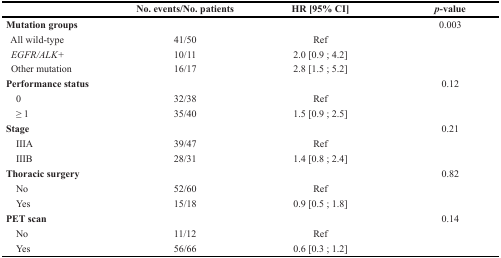
<table><thead><tr><td></td><td><b>No. events/No. patients</b></td><td><b>HR [95% CI]</b></td><td><b><i>p</i>-value</b></td></tr></thead><tbody><tr><td><b>Mutation groups</b></td><td></td><td></td><td>0.003</td></tr><tr><td> All wild-type</td><td>41/50</td><td>Ref</td><td></td></tr><tr><td> <i>EGFR/ALK+</i></td><td>10/11</td><td>2.0 [0.9 ; 4.2]</td><td></td></tr><tr><td> Other mutation</td><td>16/17</td><td>2.8 [1.5 ; 5.2]</td><td></td></tr><tr><td><b>Performance status</b></td><td></td><td></td><td>0.12</td></tr><tr><td> 0</td><td>32/38</td><td>Ref</td><td></td></tr><tr><td> ≥ 1</td><td>35/40</td><td>1.5 [0.9 ; 2.5]</td><td></td></tr><tr><td><b>Stage</b></td><td></td><td></td><td>0.21</td></tr><tr><td> IIIA</td><td>39/47</td><td>Ref</td><td></td></tr><tr><td> IIIB</td><td>28/31</td><td>1.4 [0.8 ; 2.4]</td><td></td></tr><tr><td><b>Thoracic surgery</b></td><td></td><td></td><td>0.82</td></tr><tr><td> No</td><td>52/60</td><td>Ref</td><td></td></tr><tr><td> Yes</td><td>15/18</td><td>0.9 [0.5 ; 1.8]</td><td></td></tr><tr><td><b>PET scan</b></td><td></td><td></td><td>0.14</td></tr><tr><td> No</td><td>11/12</td><td>Ref</td><td></td></tr><tr><td> Yes</td><td>56/66</td><td>0.6 [0.3 ; 1.2]</td><td></td></tr></tbody></table>